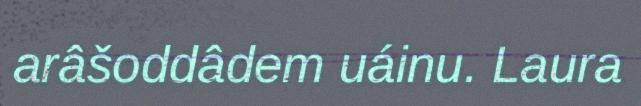
arâšoddâdem uáinu. Laura